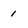
Character: 1